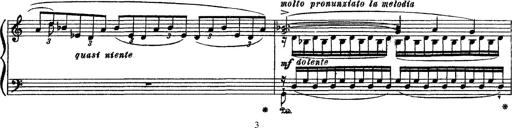
Title: Apparitions
Composer: Franz Liszt